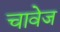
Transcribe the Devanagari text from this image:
चावेज